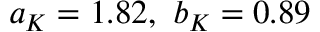
a _ { K } = 1 . 8 2 , ~ b _ { K } = 0 . 8 9